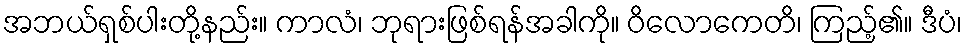
အဘယ်ရှစ်ပါးတို့နည်း။ ကာလံ၊ ဘုရားဖြစ်ရန်အခါကို။ ဝိလောကေတိ၊ ကြည့်၏။ ဒီပံ၊